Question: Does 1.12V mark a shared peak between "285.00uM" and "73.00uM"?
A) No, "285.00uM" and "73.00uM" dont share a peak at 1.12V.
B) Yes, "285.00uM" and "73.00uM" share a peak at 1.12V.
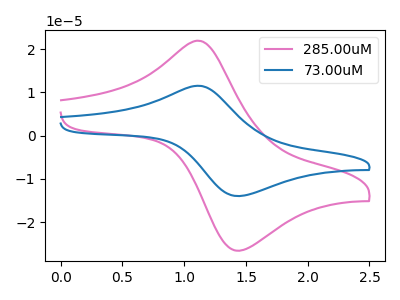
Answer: <think>The pink curve "285.00uM" has an anodic peak at (1.10V, 21.90uA) and a cathodic peak at (1.40V, -26.55uA). The blue curve "73.00uM" has an anodic peak at (1.10V, 11.50uA) and a cathodic peak at (1.40V, -13.95uA).</think>
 <answer>B) Yes, "285.00uM" and "73.00uM" share a peak at 1.12V.</answer>
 <eval>B</eval>